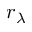
r _ { \lambda }